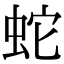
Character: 蛇